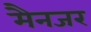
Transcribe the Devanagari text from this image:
मैनजर